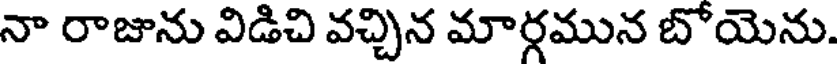
నా రాజును విడిచి వచ్చిన మార్గమున బోయెను.